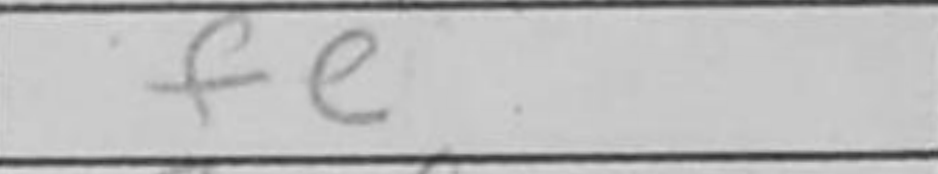
Transcription: fe